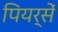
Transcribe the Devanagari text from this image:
पियर्सें